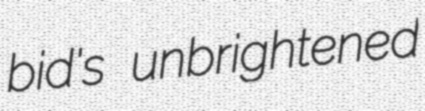
bid's unbrightened